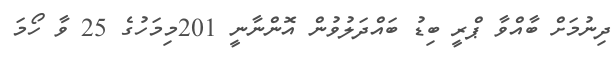
ދިނުމަށް ބާއްވާ ޕްރީ ބިޑު ބައްދަލުވުން އޮންނާނީ 201މިމަހުގެ 25 ވާ ހޯމަ